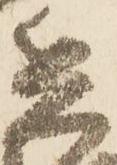
兵